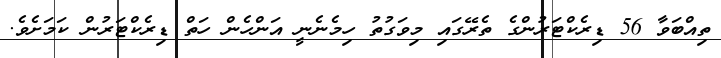
ތިއްބަވާ 56 ޑިރެކްޓަރުންގެ ތެރޭގައި މިވަގުތު ހިމެނެނީ އަންހެން ހަތް ޑިރެކްޓަރުން ކަމަށެވެ.